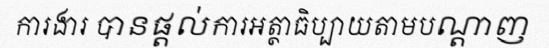
ការងារ បានផ្តល់ការអត្ថាធិប្បាយតាមបណ្តាញ